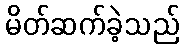
မိတ်ဆက်ခဲ့သည်